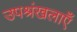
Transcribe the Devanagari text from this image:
उपश्रंखलाएँ